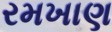
રમખાણ